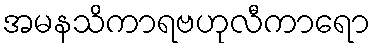
အမနသိကာရဗဟုလီကာရော